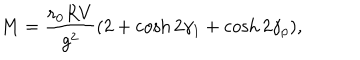
LaTeX: M = { \frac { r _ { 0 } R V } { g ^ { 2 } } } ( 2 + \cosh 2 \gamma _ { 1 } + \cosh 2 \gamma _ { p } ) ,